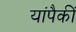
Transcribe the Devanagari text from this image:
यांपैकीं